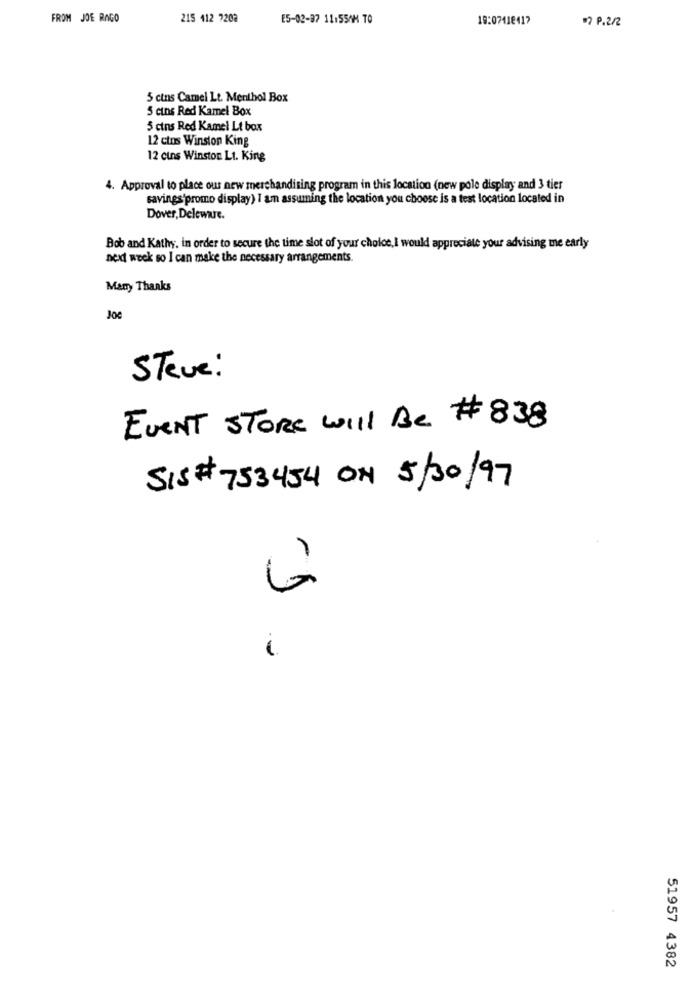
FROM JOE RAGO
215 412 7202
E5-02-87 11:55AM TO
19:07418417
7 P.2/2
5 cins Camel Lt. Menthol Box
5 cins Red Kamel Box
5 cins Red Kamel Lt box
12 ctos Winston King
12 cins Winston Lt. King
4. Approval to place our new merchandising program in this location (new pole display and 3 tier
savings'promo display) I am assuming the location you choose is a test location located in
Dover, Deleware.
Bob and Kathy, in order to secure the time slot of your choice, I would appreciate your advising me early
next week so I can make the necessary arrangements.
Many Thanks
Joe
Steve:
EVENT STORE will Be # 838
SIS # 753454 ON 5/30/97
G
1
51957 4382